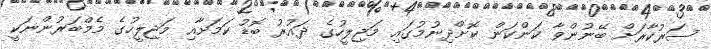
ސަރުކާރަށް ބޭނުންވާ ކަންކަން ކޮށްދިނުމުގައި މަޖިލީހުގެ ދައުރު ބޮޑު ކަމަށާއި މަޖިލީހުގެ މެމްބަރުންނަކީ